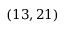
( 1 3 , 2 1 )